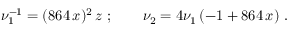
\nu _ { 1 } ^ { - 1 } = ( 8 6 4 \, x ) ^ { 2 } \, z \ ; \qquad \nu _ { 2 } = 4 \nu _ { 1 } \, ( - 1 + 8 6 4 \, x ) \ .